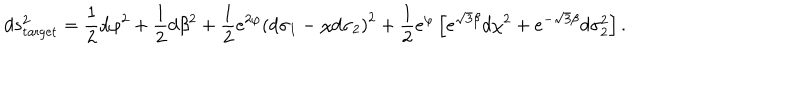
d s _ { \mathrm { t a r g e t } } ^ { 2 } = \frac { 1 } { 2 } d \varphi ^ { 2 } + \frac { 1 } { 2 } d \beta ^ { 2 } + \frac { 1 } { 2 } e ^ { 2 \varphi } \left( d \sigma _ { 1 } - \chi d \sigma _ { 2 } \right) ^ { 2 } + \frac { 1 } { 2 } e ^ { \varphi } \left[ e ^ { \sqrt { 3 } \beta } d \chi ^ { 2 } + e ^ { - \sqrt { 3 } \beta } d \sigma _ { 2 } ^ { 2 } \right] .